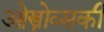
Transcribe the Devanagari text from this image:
ओस्त्रोव्सकी